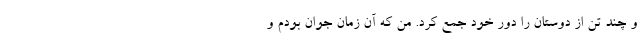
و چند تن از دوستان را دور خود جمع کرد. من که آن زمان جوان بودم و